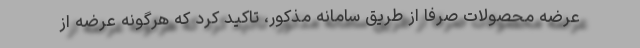
عرضه محصولات صرفا از طریق سامانه مذکور، تاکید کرد که هرگونه عرضه از